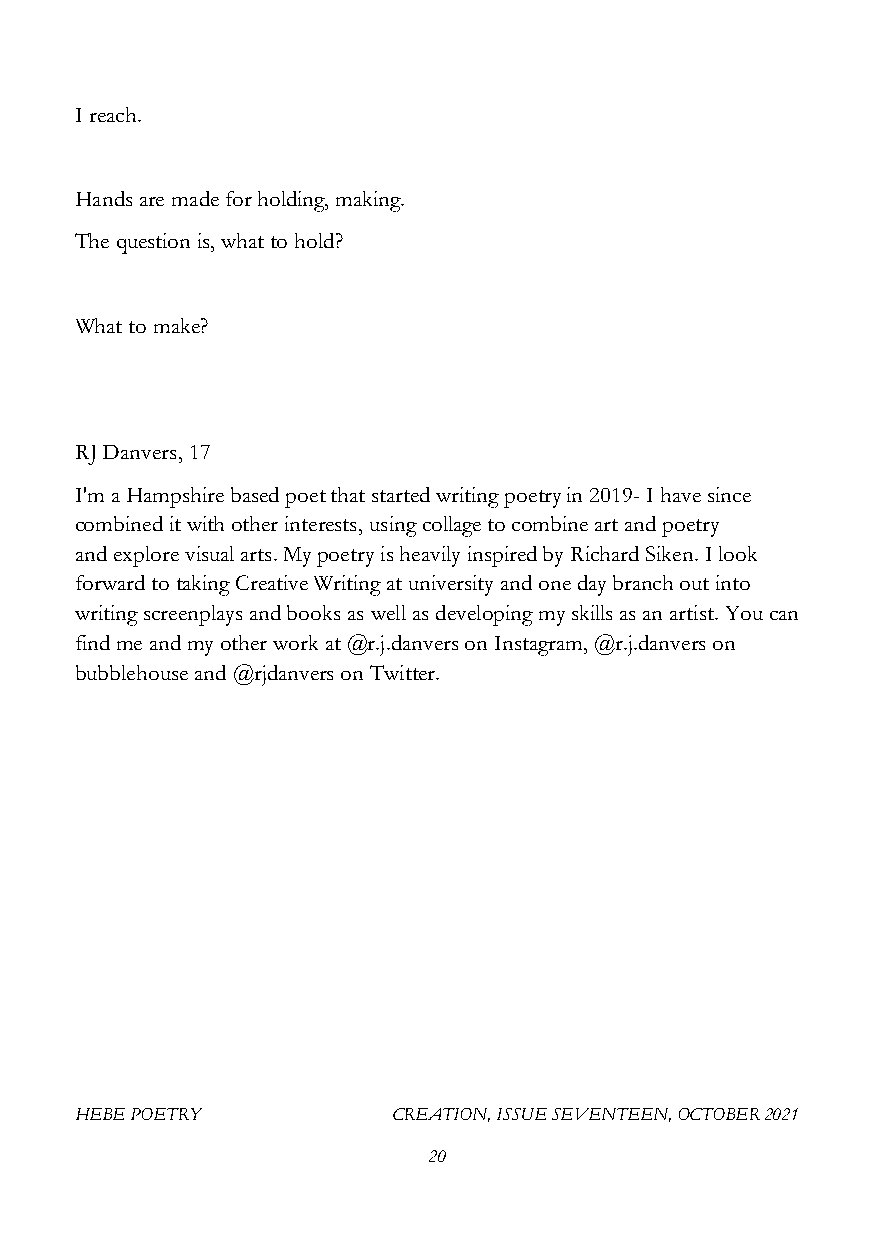
I reach.
 Hands are made for holding, making.
 The question is, what to hold?
 What to make?
 RJ Danvers, 17
 I'm a Hampshire based poet that started writing poetry in 2019- I have since
 combined it with other interests, using collage to combine art and poetry
 and explore visual arts. My poetry is heavily inspired by Richard Siken. I look
 forward to taking Creative Writing at university and one day branch out into
 writing screenplays and books as well as developing my skills as an artist. You can
 find me and my other work at @r.j.danvers on Instagram, @r.j.danvers on
 bubblehouse and @rjdanvers on Twitter.
 HEBE POETRY          CREATION, ISSUE SEVENTEEN, OCTOBER 2021
 20